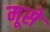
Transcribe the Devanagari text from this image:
मूसे